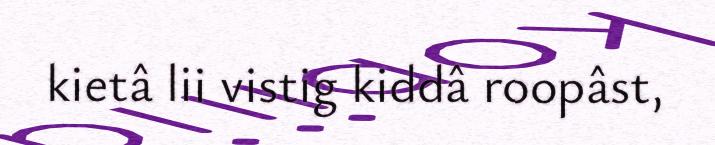
kietâ lii vistig kiddâ roopâst,